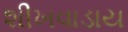
શીખવાડાય